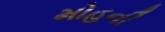
મોહની